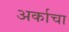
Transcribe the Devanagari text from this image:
अर्काचा